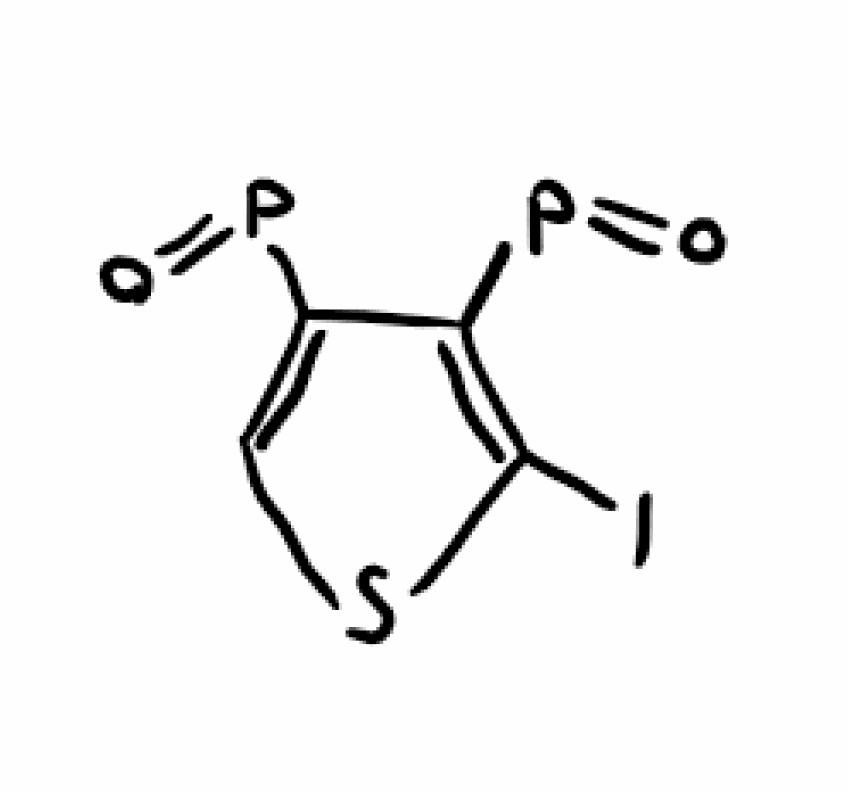
Simplified molecular-input line-entry system (SMILES) notation of the given molecule:
C1=C(C(=C(S1)I)P=O)P=O